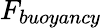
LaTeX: F_{buoyancy}